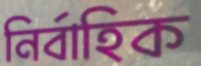
নির্বাহিক